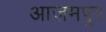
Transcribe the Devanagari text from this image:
आज़मपुर